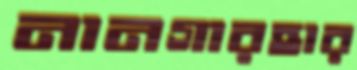
নানগারহার